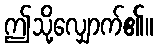
ဤသို့လျှောက်၏။